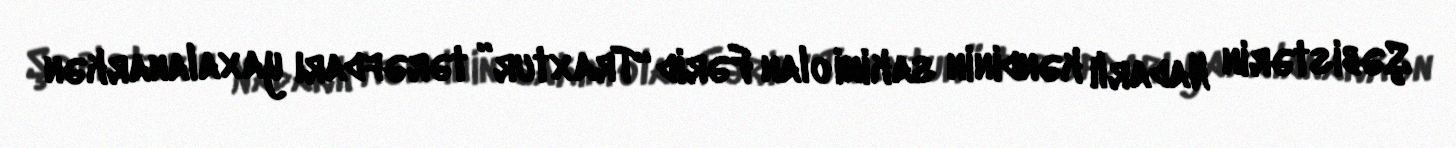
Şəbistərin Nadarlı kəndinin sakini olan Fərid “Traxtur” tərəfdarı yaxalanarkən